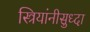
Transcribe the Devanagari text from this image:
स्त्रियांनीसुध्दा